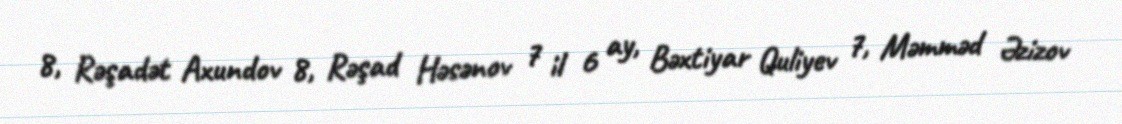
8, Rəşadət Axundov 8, Rəşad Həsənov 7 il 6 ay, Bəxtiyar Quliyev 7, Məmməd Əzizov